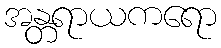
အန္တရာယကရော